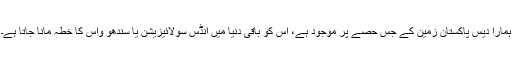
ہمارا دیس پاکستان زمین کے جس حصے پر موجود ہے، اس کو باقی دنیا میں انڈس سولائیزیشن یا سندھو واس کا خطہ مانا جاتا ہے۔